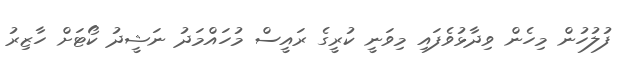
ފުލުހުން މިހެން ވިދާޅުވެފައި މިވަނީ ކުރީގެ ރައީސް މުހައްމަދު ނަޝީދު ކޯޓަށް ހާޒިރު